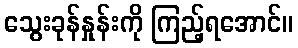
သွေးခုန်နှုန်းကို ကြည့်ရအောင်။